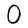
Character: O